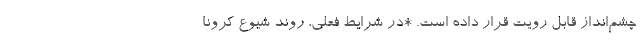
چشم‌انداز قابل رویت قرار داده است. *در شرایط فعلی، روند شیوع کرونا